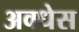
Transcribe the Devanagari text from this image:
अवधेस